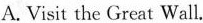
A. Visit the Great Wall.